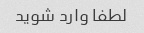
لطفا وارد شوید